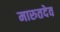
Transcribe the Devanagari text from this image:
मारुतदेव